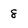
Character: 8